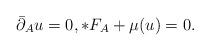
LaTeX: \begin{align*} \bar{\partial}_A u = 0, *F_A + \mu(u) = 0. \end{align*}